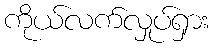
ကိုယ်လက်လှုပ်ရှား